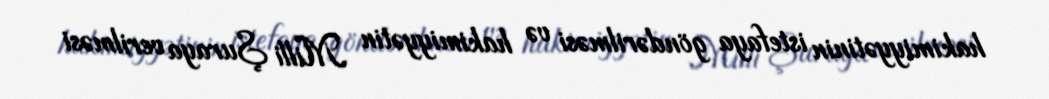
hakimiyyətinin istefaya göndərilməsi və hakimiyyətin Milli Şuraya verilməsi